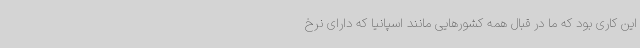
این کاری بود که ما در قبال همه کشورهایی مانند اسپانیا که دارای نرخ